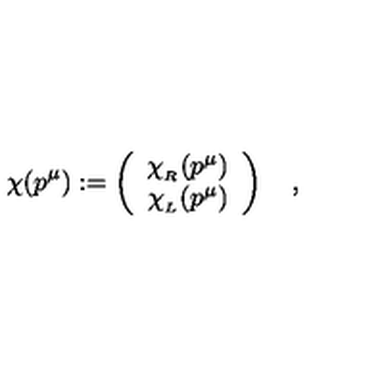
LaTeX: \chi ( p ^ { \mu } ) : = \left( \begin{array} { c } { \chi _ { _ R } ( p ^ { \mu } ) } \\ { \chi _ { _ L } ( p ^ { \mu } ) } \\ \end{array} \right) \quad ,